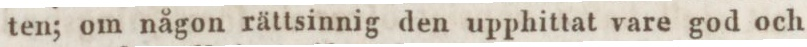
ten; om någon rättsinnig den upphittat vare god och